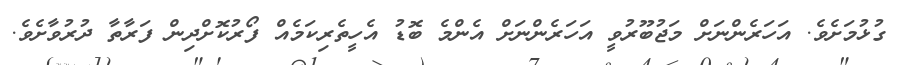
ގުޅުމަށެވެ. އަހަރެންނަށް މަޖުބޫރުވީ އަހަރެންނަށް އެންމެ ބޮޑު އެހީތެރިކަމެއް ފޯރުކޮށްދިން ފަރާތާ ދުރުވާށެވެ.